Report on the working of the Ranchi Indian Mental Hospital, Kanke, in Bihar and Orissa - 1930-1940
Year: 1930
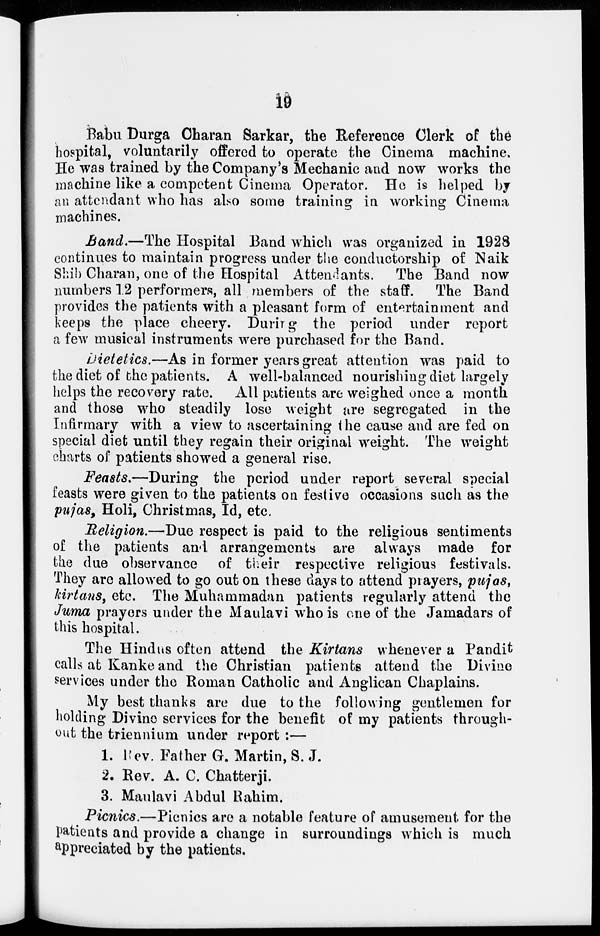
19
Babu Durga Charan Sarkar, the Reference Clerk of the
hospital, voluntarily offered to operate the Cinema machine.
He was trained by the Company's Mechanic and now works the
machine like a competent Cinema Operator. He is helped by
an attendant who has also some training in working Cinema
machines.
Band.—The Hospital Band which was organized in 1928
continues to maintain progress under the conductorship of Naik
Charan, one of the Hospital Attendants. The Band now
numbers 12 performers, all members of the staff. The Band
provides the patients with a pleasant form of entertainment and
keeps the place cheery. During the period under report
a few musical instruments were purchased for the Band.
Dietetics.—As in former years great attention was paid to
the diet of the patients. A well-balanced nourishing diet largely
helps the recovery rate. All patients are weighed once a month
and those who steadily lose weight are segregated in the
Infirmary with a view to ascertaining the cause and are fed on
special diet until they regain their original weight. The weight
charts of patients showed a general rise.
Feasts.—During the period under report several special
feasts were given to the patients on festive occasions such as the
pujas, Holi, Christmas, Id, etc.
Religion.—Due respect is paid to the religious sentiments
of the patients and arrangements are always made for
the due observance of their respective religious festivals.
They are allowed to go out on these days to attend prayers, pujas,
kirtans, etc. The Muhammadan patients regularly attend the
Juma prayers under the Maulavi who is one of the Jamadars of
this hospital.
The Hindus often attend the Kirtans whenever a Pandit
calls at Kanke and the Christian patients attend the Divine
services under the Roman Catholic and Anglican Chaplains.
My best thanks are due to the following gentlemen for
holding Divine services for the benefit of my patients through-
out the triennium under report :—
1. Rev. Father G. Martin, S. J.
2. Rev. A. C. Chatterji.
3. Maulavi Abdul Rahim.
Picnics.—Picnics are a notable feature of amusement for the
patients and provide a change in surroundings which is much
appreciated by the patients.